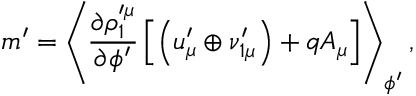
m ^ { \prime } = \left\langle \frac { \partial \rho _ { 1 } ^ { \prime \mu } } { \partial \phi ^ { \prime } } \left[ \left( u _ { \mu } ^ { \prime } \oplus \nu _ { 1 \mu } ^ { \prime } \right) + q A _ { \mu } \right] \right\rangle _ { \phi ^ { \prime } } ,